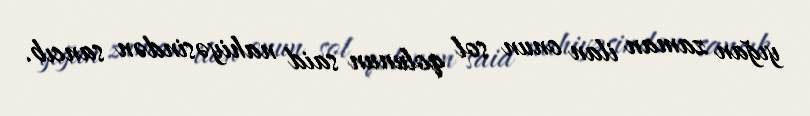
yığan zaman ilan onun sol qolunun said nahiyəsindən sancıb.